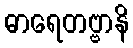
ဓာရေတဗ္ဗာနိ